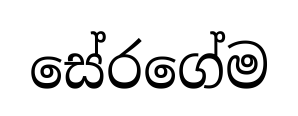
සේරගේම